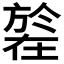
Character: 𣄒